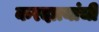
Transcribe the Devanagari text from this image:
करदात्यांची